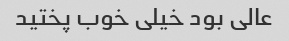
عالی بود خیلی خوب پختید